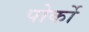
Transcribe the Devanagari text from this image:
पोर्को